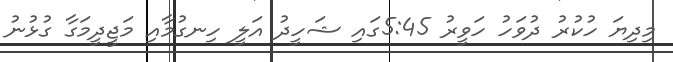
މިދިޔަ ހުކުރު ދުވަހު ހަވީރު 5:45ގައި ޝަހީދު އަލީ ހިނގުމާއި މަޖީދީމަގާ ގުޅުނު